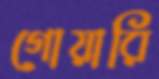
গোয়ারি